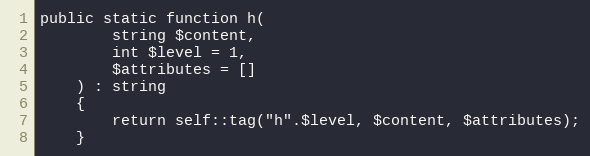
Language: PHP
public static function h(
        string $content,
        int $level = 1,
        $attributes = []
    ) : string
    {
        return self::tag("h".$level, $content, $attributes);
    }